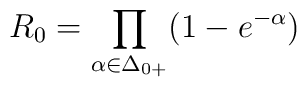
R_0 = \prod_{\alpha \in \Delta_{0+}} (1 - e^{-\alpha} )\/